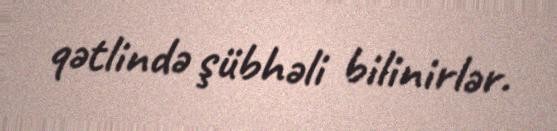
qətlində şübhəli bilinirlər.